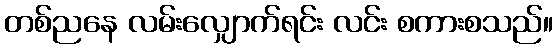
တစ်ညနေ လမ်းလျှောက်ရင်း လင်း စကားစသည်။